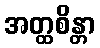
အတ္ထစိန္တာ